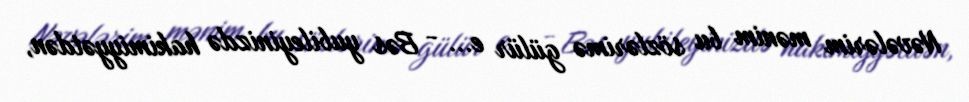
Nəvələrim mənim bu sözlərimə gülür e... - Bəs yubileyinizdə hakimiyyətdən,